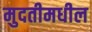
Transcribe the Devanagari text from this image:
मुदतीमधील